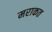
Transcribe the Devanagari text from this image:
मराकत